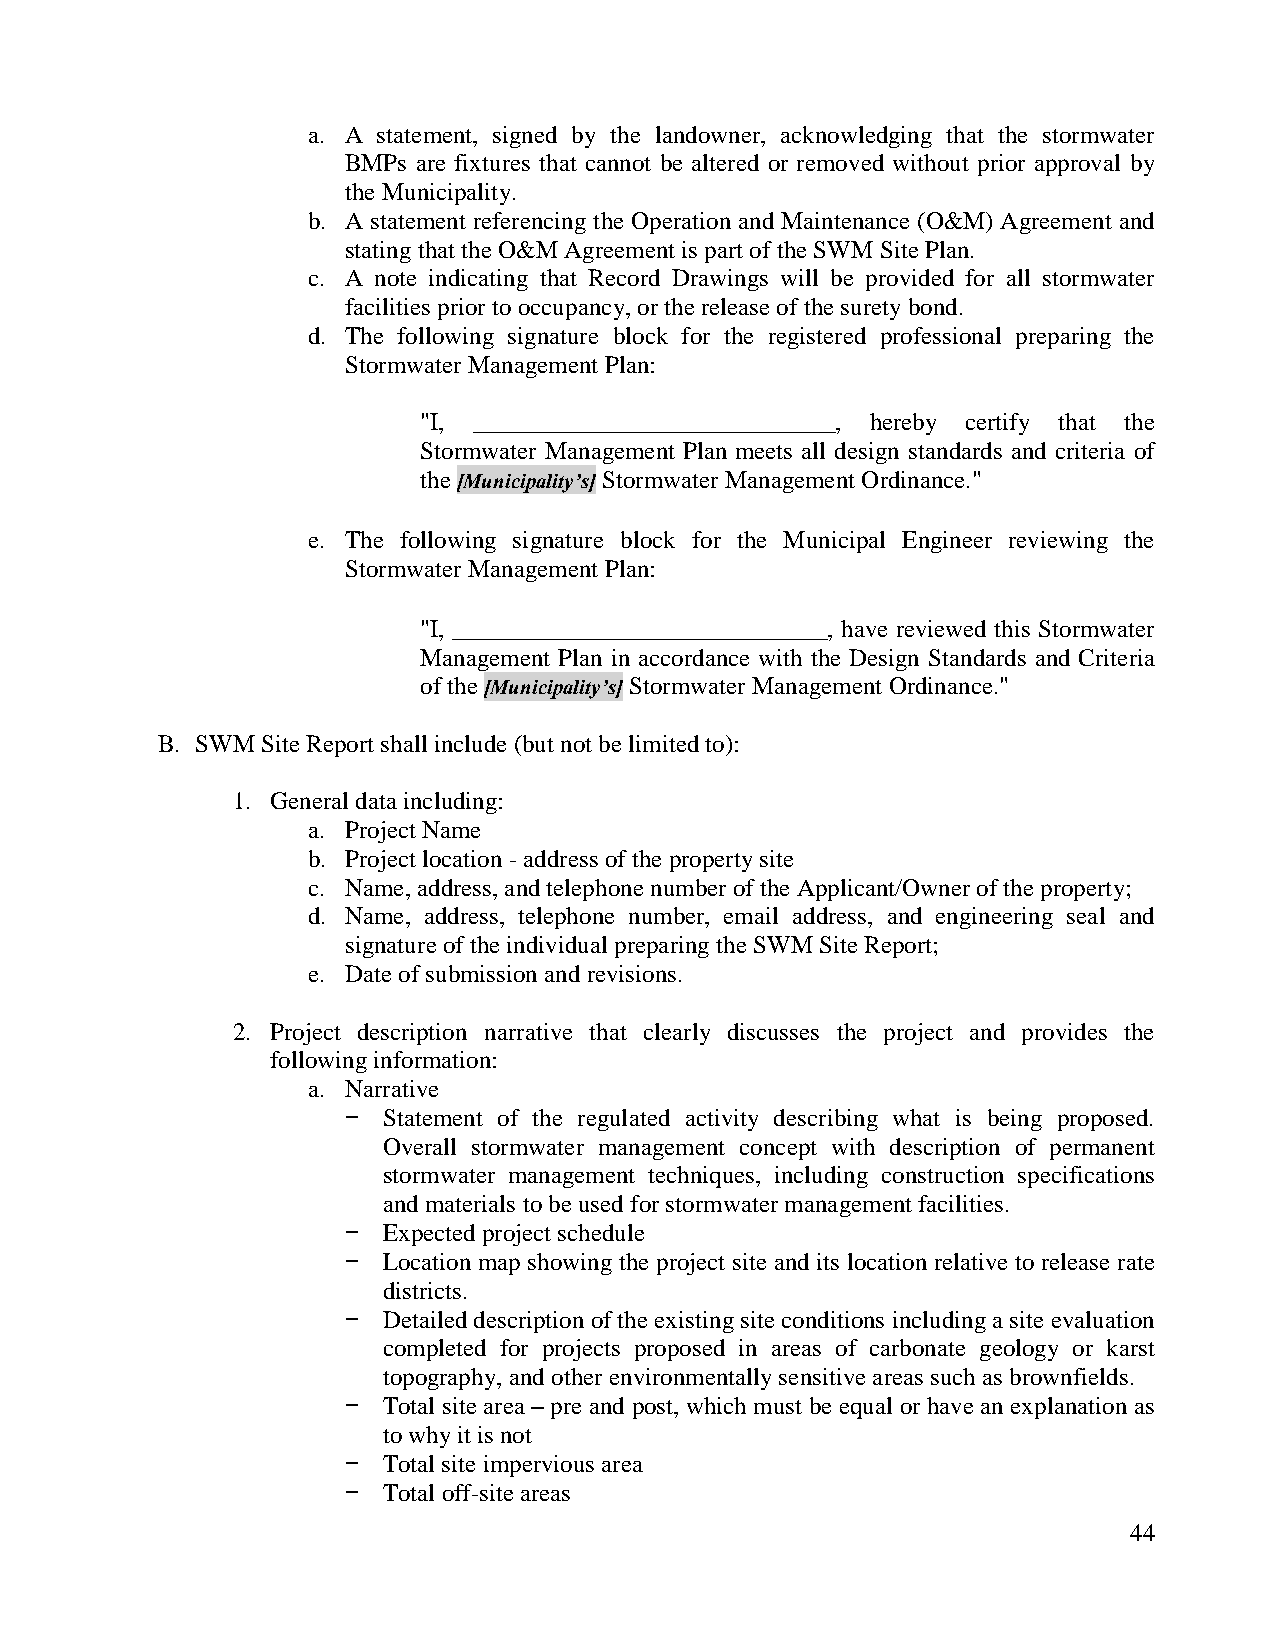
a. A statement, signed by the landowner, acknowledging that the stormwater
 BMPs are fixtures that cannot be altered or removed without prior approval by
 the Municipality.
 b. A statement referencing the Operation and Maintenance (O&M) Agreement and
 stating that the O&M Agreement is part of the SWM Site Plan.
 c. A note indicating that Record Drawings will be provided for all stormwater
 facilities prior to occupancy, or the release of the surety bond.
 d. The following signature block for the registered professional preparing the
 Stormwater Management Plan:
 "I, _____________________________, hereby certify that the
 Stormwater Management Plan meets all design standards and criteria of
 the [Municipality’s] Stormwater Management Ordinance."
 e. The following signature block for the Municipal Engineer reviewing the
 Stormwater Management Plan:
 "I, ______________________________, have reviewed this Stormwater
 Management Plan in accordance with the Design Standards and Criteria
 of the [Municipality’s] Stormwater Management Ordinance."
 B. SWM Site Report shall include (but not be limited to):
 1. General data including:
 a. Project Name
 b. Project location - address of the property site
 c. Name, address, and telephone number of the Applicant/Owner of the property;
 d. Name, address, telephone number, email address, and engineering seal and
 signature of the individual preparing the SWM Site Report;
 e. Date of submission and revisions.
 2. Project description narrative that clearly discusses the project and provides the
 following information:
 a. Narrative
 − Statement of the regulated activity describing what is being proposed.
 Overall stormwater management concept with description of permanent
 stormwater management techniques, including construction specifications
 and materials to be used for stormwater management facilities.
 − Expected project schedule
 − Location map showing the project site and its location relative to release rate
 districts.
 − Detailed description of the existing site conditions including a site evaluation
 completed for projects proposed in areas of carbonate geology or karst
 topography, and other environmentally sensitive areas such as brownfields.
 − Total site area – pre and post, which must be equal or have an explanation as
 to why it is not
 − Total site impervious area
 − Total off-site areas
 44